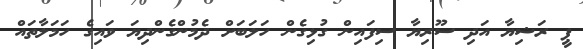
ޕީ ރަޝިޔާ އަދި ސޫރިޔާ ސިފައިން ގުޅިގެން ހަލަބަށް ދެމުންގެންދިޔަ ވައިގެ ހަމަލާތައް